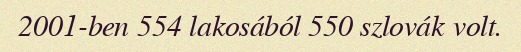
2001-ben 554 lakosából 550 szlovák volt.